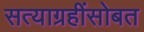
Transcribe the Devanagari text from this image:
सत्याग्रहींसोबत